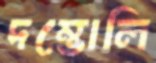
দম্ভোলি